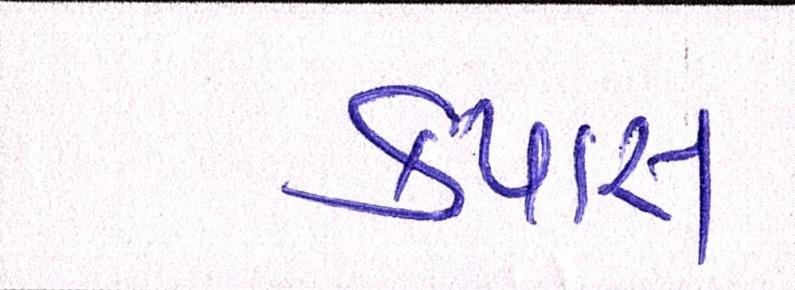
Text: કપાસ